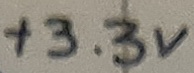
Text: +3.3V